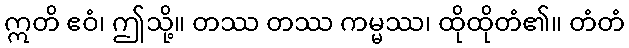
ဣတိ ဧဝံ၊ ဤသို့။ တဿ တဿ ကမ္မဿ၊ ထိုထိုတံ၏။ တံတံ